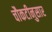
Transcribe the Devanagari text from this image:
चौकटीनुसार